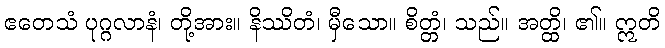
ဧတေသံ ပုဂ္ဂလာနံ၊ တို့အား။ နိဿိတံ၊ မှီသော။ စိတ္တံ၊ သည်။ အတ္ထိ၊ ၏။ ဣတိ